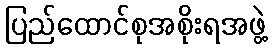
ပြည်ထောင်စုအစိုးရအဖွဲ့